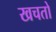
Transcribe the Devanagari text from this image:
खचतो